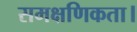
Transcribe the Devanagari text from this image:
समक्षणिकता।